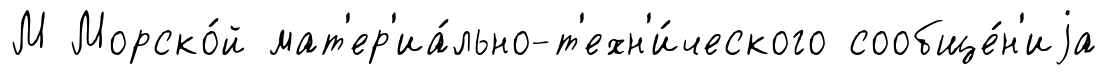
М Морско́й мат'ер'иа́льно-т'ехн'и́ческого сообще́н'иjа